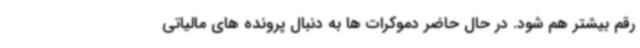
رقم بیشتر هم شود. در حال حاضر دموکرات ها به دنبال پرونده های مالیاتی